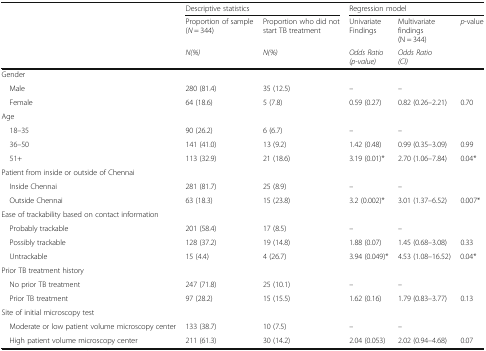
<table><thead><tr><td rowspan="3"></td><td colspan="2"><b>Descriptive statistics</b></td><td colspan="3"><b>Regression model</b></td></tr><tr><td><b>Proportion of sample (<i>N</i> = 344)</b></td><td><b>Proportion who did not start TB treatment</b></td><td><b>UnivariateFindings</b></td><td><b>Multivariate findings(N = 344)</b></td><td rowspan="2"><b><i>p</i>-value</b></td></tr><tr><td><b><i>N(%)</i></b></td><td><b><i>N(%)</i></b></td><td><b><i>Odds Ratio (p-value)</i></b></td><td><b><i>Odds Ratio</i><i>(CI)</i></b></td></tr></thead><tbody><tr><td colspan="6">Gender</td></tr><tr><td> Male</td><td>280 (81.4)</td><td>35 (12.5)</td><td>–</td><td>–</td><td></td></tr><tr><td> Female</td><td>64 (18.6)</td><td>5 (7.8)</td><td>0.59 (0.27)</td><td>0.82 (0.26–2.21)</td><td>0.70</td></tr><tr><td colspan="6">Age</td></tr><tr><td> 18–35</td><td>90 (26.2)</td><td>6 (6.7)</td><td>–</td><td>–</td><td></td></tr><tr><td> 36–50</td><td>141 (41.0)</td><td>13 (9.2)</td><td>1.42 (0.48)</td><td>0.99 (0.35–3.09)</td><td>0.99</td></tr><tr><td> 51+</td><td>113 (32.9)</td><td>21 (18.6)</td><td>3.19 (0.01)*</td><td>2.70 (1.06–7.84)</td><td>0.04*</td></tr><tr><td colspan="6">Patient from inside or outside of Chennai</td></tr><tr><td> Inside Chennai</td><td>281 (81.7)</td><td>25 (8.9)</td><td>–</td><td>–</td><td></td></tr><tr><td> Outside Chennai</td><td>63 (18.3)</td><td>15 (23.8)</td><td>3.2 (0.002)*</td><td>3.01 (1.37–6.52)</td><td>0.007*</td></tr><tr><td colspan="6">Ease of trackability based on contact information</td></tr><tr><td> Probably trackable</td><td>201 (58.4)</td><td>17 (8.5)</td><td>–</td><td>–</td><td></td></tr><tr><td> Possibly trackable</td><td>128 (37.2)</td><td>19 (14.8)</td><td>1.88 (0.07)</td><td>1.45 (0.68–3.08)</td><td>0.33</td></tr><tr><td> Untrackable</td><td>15 (4.4)</td><td>4 (26.7)</td><td>3.94 (0.049)*</td><td>4.53 (1.08–16.52)</td><td>0.04*</td></tr><tr><td colspan="6">Prior TB treatment history</td></tr><tr><td> No prior TB treatment</td><td>247 (71.8)</td><td>25 (10.1)</td><td>–</td><td>–</td><td></td></tr><tr><td> Prior TB treatment</td><td>97 (28.2)</td><td>15 (15.5)</td><td>1.62 (0.16)</td><td>1.79 (0.83–3.77)</td><td>0.13</td></tr><tr><td colspan="6">Site of initial microscopy test</td></tr><tr><td> Moderate or low patient volume microscopy center</td><td>133 (38.7)</td><td>10 (7.5)</td><td>–</td><td>–</td><td></td></tr><tr><td> High patient volume microscopy center</td><td>211 (61.3)</td><td>30 (14.2)</td><td>2.04 (0.053)</td><td>2.02 (0.94–4.68)</td><td>0.07</td></tr></tbody></table>